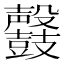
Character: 𪔰